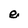
Character: e